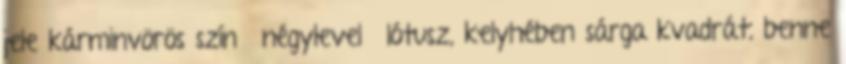
jele kárminvörös színű négylevelű lótusz, kelyhében sárga kvadrát, benne